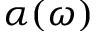
\alpha ( \omega )